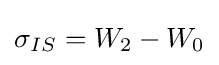
\sigma _{IS}=W_{2}-W_{0}